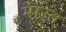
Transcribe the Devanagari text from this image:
भाऱत